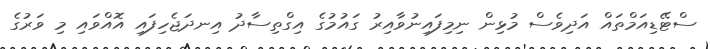
ސްޓޭޑިއަމްތައް އަދިވެސް މުޅިން ނިމިފައިނުވާއިރު ގައުމުގެ އިގްތިސާދު އިނދަޖެހިފައި އޮއްވައި މި ވަރުގެ